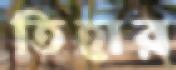
তিহার